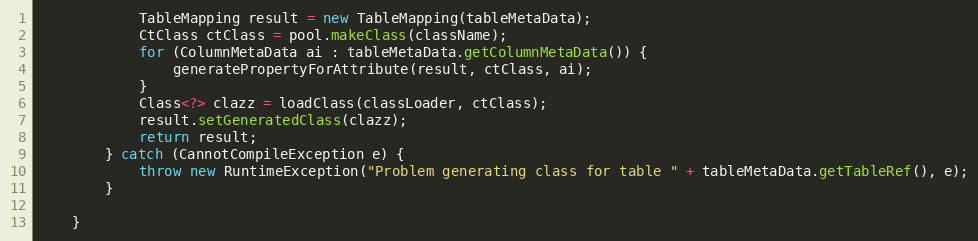
Language: Java
            TableMapping result = new TableMapping(tableMetaData);
            CtClass ctClass = pool.makeClass(className);
            for (ColumnMetaData ai : tableMetaData.getColumnMetaData()) {
                generatePropertyForAttribute(result, ctClass, ai);
            }
            Class<?> clazz = loadClass(classLoader, ctClass);
            result.setGeneratedClass(clazz);
            return result;
        } catch (CannotCompileException e) {
            throw new RuntimeException("Problem generating class for table " + tableMetaData.getTableRef(), e);
        }

    }